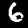
Label: 6